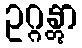
ဥဂ္ဂန္တွာ